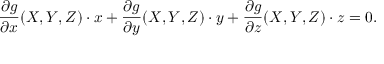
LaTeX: { \frac { \partial g } { \partial x } } ( X , Y , Z ) \cdot x + { \frac { \partial g } { \partial y } } ( X , Y , Z ) \cdot y + { \frac { \partial g } { \partial z } } ( X , Y , Z ) \cdot z = 0 .